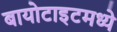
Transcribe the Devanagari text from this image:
बायोटाइटमध्ये